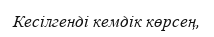
Кесілгенді кемдік көрсең,